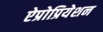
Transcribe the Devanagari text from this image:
ऐप्रोप्रियेशन